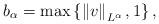
LaTeX: \begin{align*}b_{\alpha }=\max \left\{ \left\Vert v\right\Vert _{L^{\alpha }},1\right\} ,\end{align*}